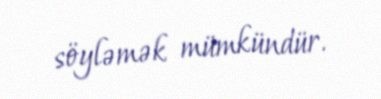
söyləmək mümkündür.